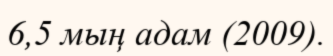
6,5 мың адам (2009).